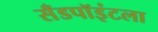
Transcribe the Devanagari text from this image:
सँडपॉइंटला